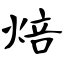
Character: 焙